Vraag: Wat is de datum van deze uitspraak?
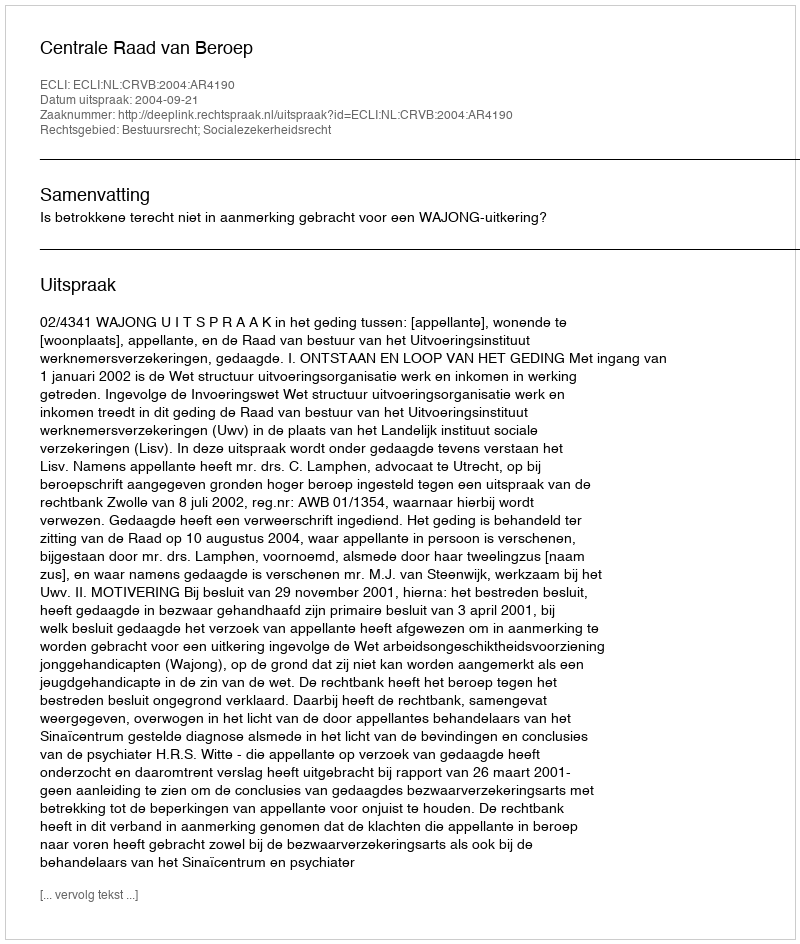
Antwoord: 2004-09-21